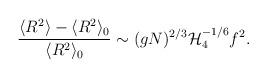
LaTeX: \begin{align*}\frac{\langle R^2 \rangle - \langle R^2 \rangle_0}{\langle R^2 \rangle_0}\sim (gN)^{2/3} {\cal H}_4^{-1/6} f^2.\end{align*}